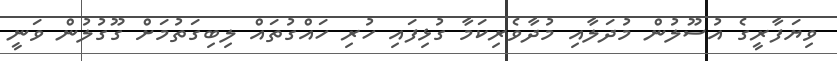
ވިޔަފާރީގެ އުސޫލުން މުދަލާއި މުދާވެރިކަމާ ގުޅިފައި ހުރި ހައްގުތައް ލިބިގަތުމަށް ގޫގުލުން ވަނީ